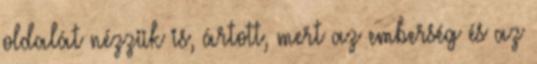
oldalát nézzük is, ártott, mert az emberség és az